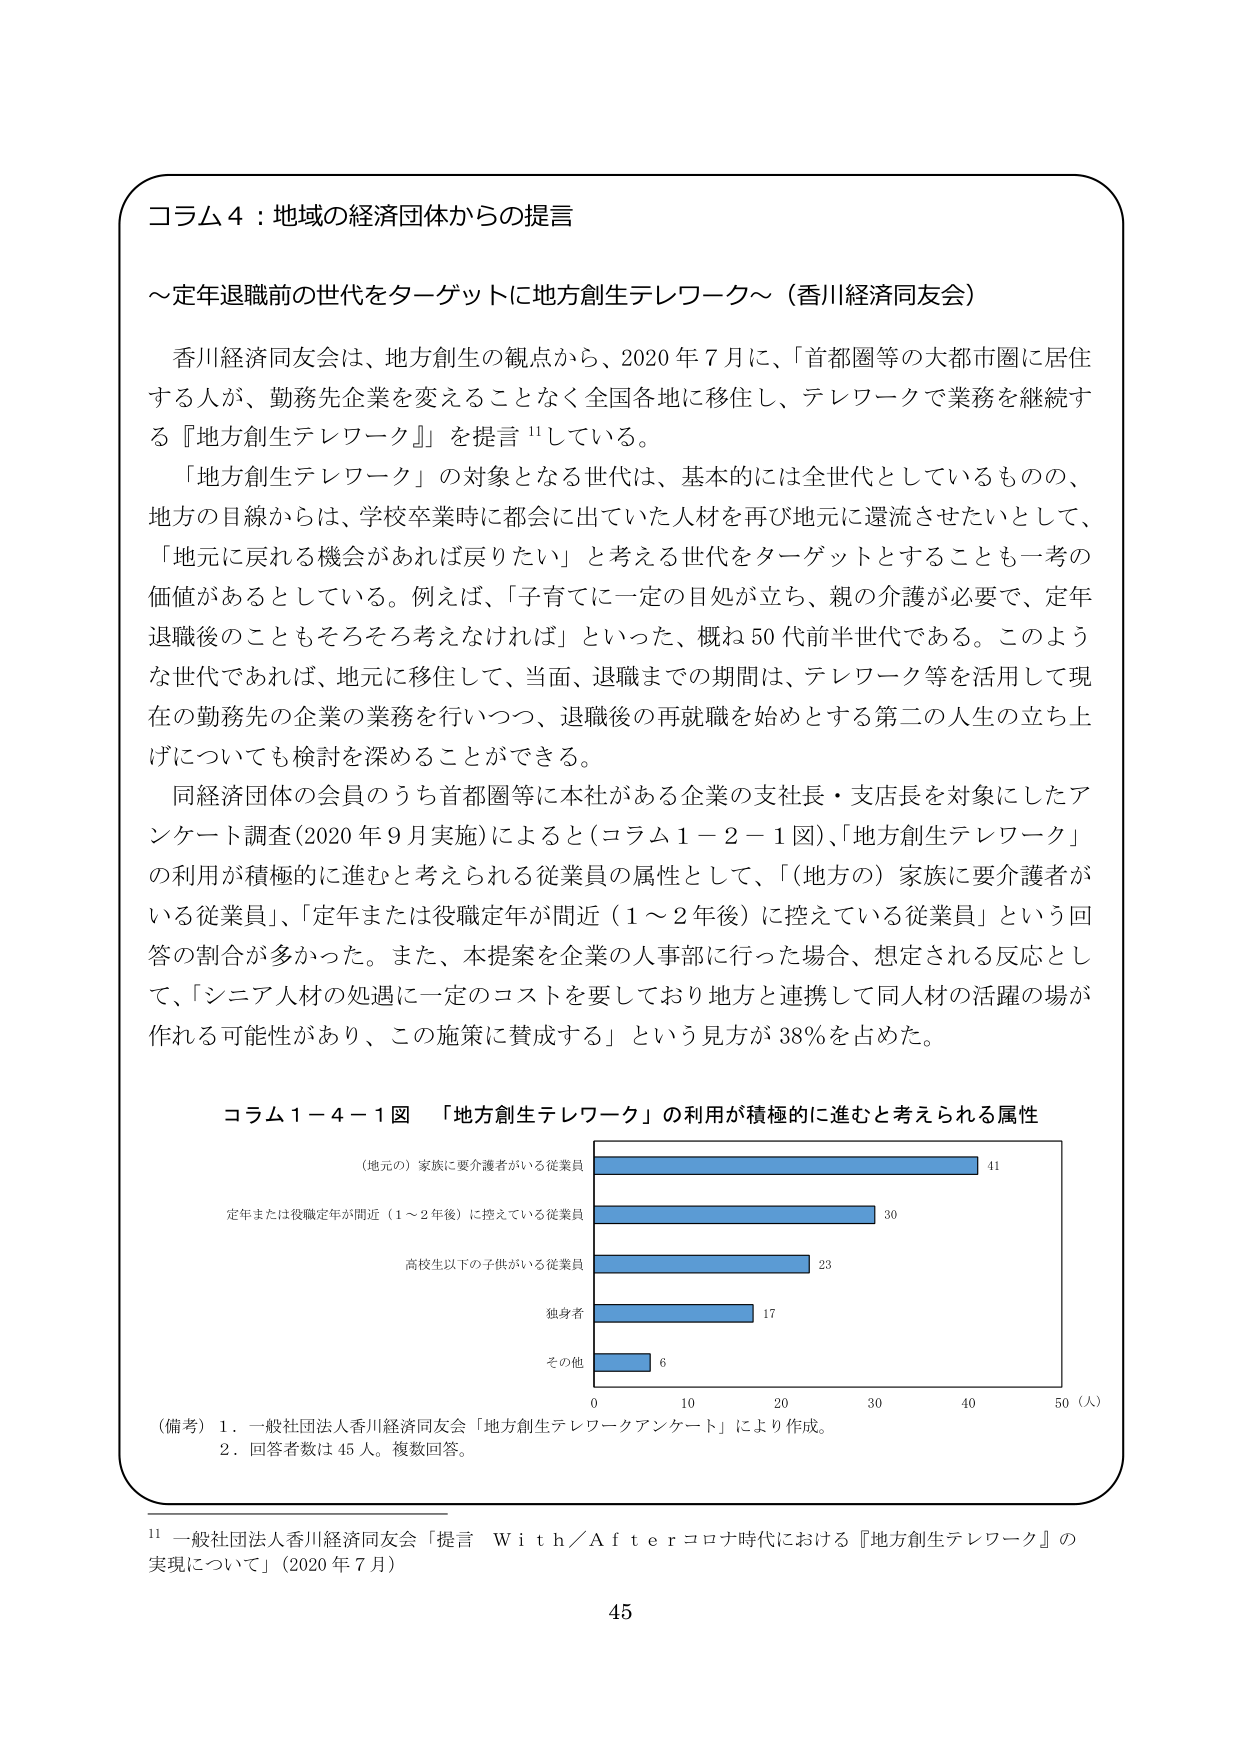
コラム４：地域の経済団体からの提言

～定年退職前の世代をターゲットに地方創生テレワーク～（香川経済同友会）

香川経済同友会は、地方創生の観点から、2020年7月に、「首都圏等の大都市圏に居住する人が、勤務先企業を変えることなく全国各地に移住し、テレワークで業務を継続する『地方創生テレワーク』」を提言¹¹している。

「地方創生テレワーク」の対象となる世代は、基本的には全世代としているものの、地方の目線からは、学校卒業時に都会に出ていた人材を再び地元に還流させたいとして、「地元に戻れる機会があれば戻りたい」と考える世代をターゲットとすることも一考の価値があるとしている。例えば、「子育てに一定の目処が立ち、親の介護が必要で、定年退職後のこともそろそろ考えなければ」といった、概ね50代前半世代である。このような世代であれば、地元に移住して、当面、退職までの期間は、テレワーク等を活用して現在の勤務先の企業の業務を行いつつ、退職後の再就職を始めとする第二の人生の立ち上げについても検討を深めることができる。

同経済団体の会員のうち首都圏等に本社がある企業の支社長・支店長を対象にしたアンケート調査（2020年9月実施）によると（コラム1－2－1図）、「地方創生テレワーク」の利用が積極的に進むと考えられる従業員の属性として、「（地方の）家族に要介護者がいる従業員」、「定年または役職定年が間近（1～2年後）に控えている従業員」という回答の割合が多かった。また、本提案を企業の人事部に行った場合、想定される反応として、「シニア人材の処遇に一定のコストを要しており地方と連携して同人材の活躍の場が作れる可能性があり、この施策に賛成する」という見方が38％を占めた。

コラム1－4－1図 「地方創生テレワーク」の利用が積極的に進むと考えられる属性

（地元の）家族に要介護者がいる従業員 41
定年または役職定年が間近（1～2年後）に控えている従業員 30
高校生以下の子供がいる従業員 23
独身者 17
その他 6

0 10 20 30 40 50（人）

（備考）1．一般社団法人香川経済同友会「地方創生テレワークアンケート」により作成。
2．回答者数は45人。複数回答。

¹¹ 一般社団法人香川経済同友会「提言 With／Afterコロナ時代における『地方創生テレワーク』の実現について」（2020年7月）

45